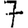
Digit: 7